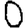
Digit: 0